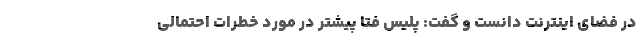
در فضای اینترنت دانست و گفت: پلیس فتا پیشتر در مورد خطرات احتمالی